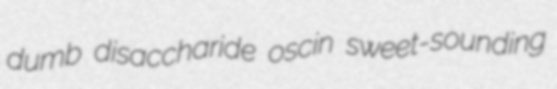
dumb disaccharide oscin sweet-sounding